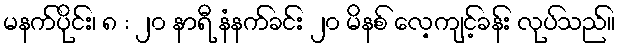
မနက်ပိုင်း၊ ၈ : ၂၀ နာရီ နံနက်ခင်း ၂၀ မိနစ် လေ့ကျင့်ခန်း လုပ်သည်။